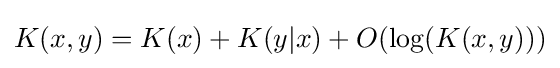
K(x,y)=K(x)+K(y|x)+O(\log(K(x,y)))